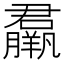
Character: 𦢱